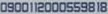
0900112000559818